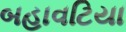
બહાવટિયા